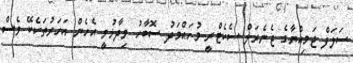
ސަލަފް ޖަމިއްޔާގެ ޖެނެރަލް ސެކެޓްރީ މުހައްމަދު ސޮބާހު ވިދާޅުވީ އެހެން އަހަރުތަކެކޭ ވެސް